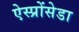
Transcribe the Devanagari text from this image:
ऐस्प्रोंसेडा